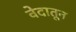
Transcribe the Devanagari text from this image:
वेदातून